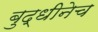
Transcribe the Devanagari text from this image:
बुद्धीनेच